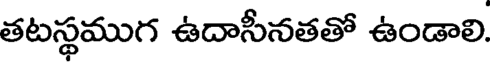
తటస్థముగ ఉదాసీనతతో ఉండాలి.